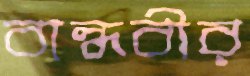
বান্ধবীর